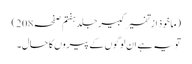
(ماخوذ از تفسیر کبیر جلد ہفتم صفحہ208)
تو یہ ہے ان لوگوں کے پیروں کا حال۔